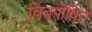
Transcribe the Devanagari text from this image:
वितपोषित